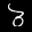
Label: 3